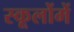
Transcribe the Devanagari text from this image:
स्कूलोंमें